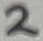
Text: 2